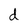
Character: d